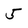
Character: 5